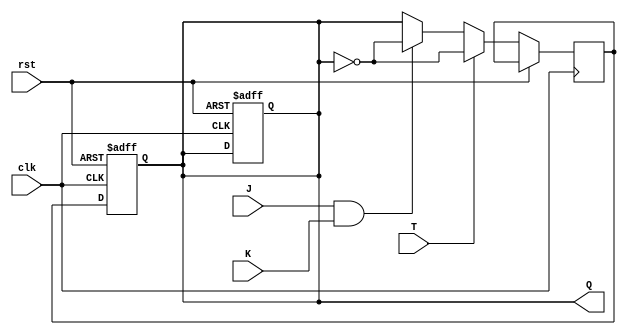
module TJK_flipflop(
    input wire clk,
    input wire rst,
    input wire T,
    input wire J,
    input wire K,
    output reg Q
);

reg Q_next;

always @(posedge clk or posedge rst) begin
    if (rst) begin
        Q <= 0;
    end else begin
        if (T) begin
            Q_next <= ~Q;
        end else begin
            if (J && K) begin
                Q_next <= ~Q;
            end else begin
                Q_next <= Q;
            end
        end
    end
end

always @(posedge clk or posedge rst) begin
    if (rst) begin
        Q <= 0;
    end else begin
        Q <= Q_next;
    end
end

endmodule